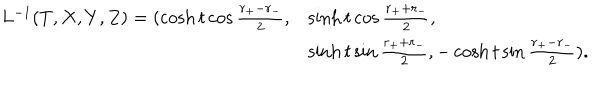
\begin{array} { l l } { { L ^ { - 1 } ( T , X , Y , Z ) = ( \cosh t \cos \frac { r _ { + } - r _ { - } } { 2 } , } } & { { \sinh t \cos \frac { r _ { + } + r _ { - } } { 2 } , } } \\ { { } } & { { \sinh t \sin \frac { r _ { + } + r _ { - } } { 2 } , - \cosh t \sin \frac { r _ { + } - r _ { - } } { 2 } ) . } } \\ \end{array}